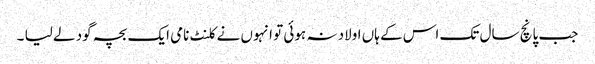
جب پانچ سال تک اس کے ہاں اولاد نہ ہوئی تو انہوں نے کلنٹ نامی ایک بچہ گود لے لیا ۔